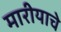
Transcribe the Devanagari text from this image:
मारीयाचे